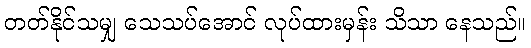
တတ်နိုင်သမျှ သေသပ်အောင် လုပ်ထားမှန်း သိသာ နေသည်။